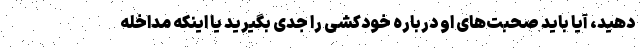
دهید، آیا باید صحبت‌های او درباره خودکشی را جدی بگیرید یا اینکه مداخله